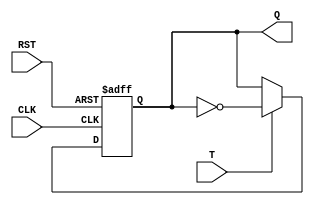
module t_ff(
    input T,
    input CLK,
    input RST,
    output reg Q
);

always @(posedge CLK or posedge RST) begin
    if (RST) begin
        Q <= 1'b0; // initialize to 0 when reset is asserted
    end else begin
        if (T) begin
            Q <= ~Q; // toggle output state if T is high
        end
    end
end

endmodule